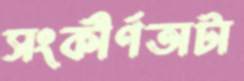
সংকীর্ণতাটা